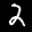
Label: 2